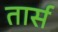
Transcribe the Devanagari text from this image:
तार्स